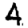
Digit: 4